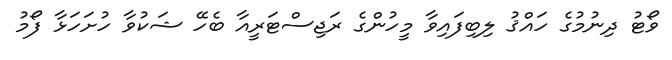
ވޯޓު ދިނުމުގެ ހައްޤު ލިބިފައިވާ މީހުންގެ ރަޖިސްޓަރީއާ ބެހޭ ޝަކުވާ ހުށަހަޅާ ފޯމު